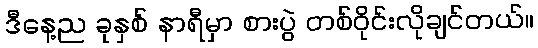
ဒီနေ့ည ခုနှစ် နာရီမှာ စားပွဲ တစ်ဝိုင်းလိုချင်တယ်။